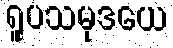
ရူပသမုဒယေ